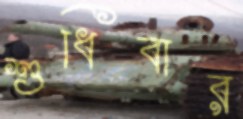
শুধিবার